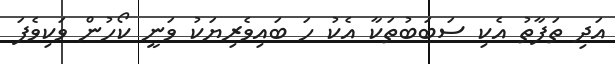
އަދި ތަފާތު އެކި ސަބަބުތަކާ އެކު ހަ ބައިވެރިޔަކު ވަނީ ކޯހުން ވަކިވެފަ